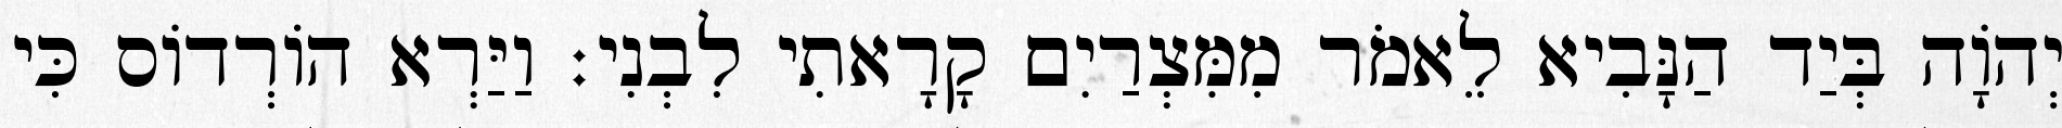
יְהוָֹה בְּיַד הַנָּבִיא לֵאמֹר מִמִּצְרַיִם קָרָאתִי לִבְנִי׃ וַיַּרְא הוֹרְדוֹס כִּי